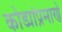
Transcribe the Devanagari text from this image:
कोड्यांप्रमाणे